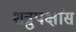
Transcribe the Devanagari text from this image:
शत्रुपक्षांस